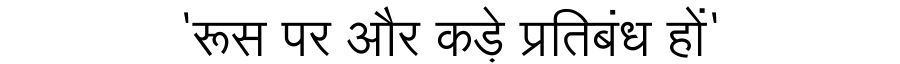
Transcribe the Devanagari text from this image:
'रूस पर और कड़े प्रतिबंध हों'